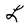
Character: L